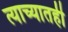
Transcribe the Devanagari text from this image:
त्याच्यातही